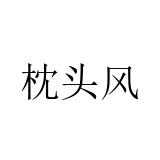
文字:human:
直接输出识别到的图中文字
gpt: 枕头风